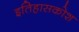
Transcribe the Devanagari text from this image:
इतिहासकोश